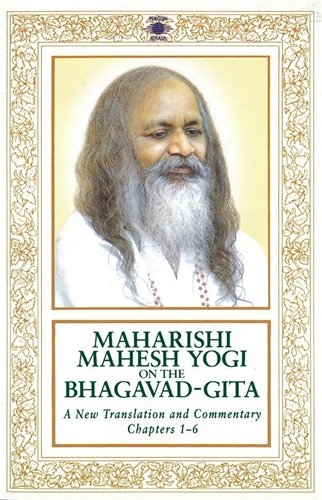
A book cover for Maharishi Mahesh Yogi on the Bhagavad-Gita : A New Translation and Commentary, Chapters 1-6; Maharishi Mahesh Yogi; Religion & Spirituality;